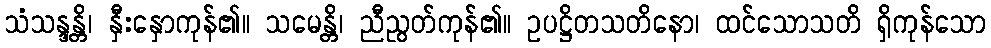
သံသန္ဒန္တိ၊ နှီးနှောကုန်၏။ သမေန္တိ၊ ညီညွတ်ကုန်၏။ ဥပဋ္ဌိတသတိနော၊ ထင်သောသတိ ရှိကုန်သော